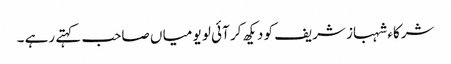
شرکاء شہباز شریف کو دیکھ کر آئی لو یو میا ں صاحب کہتے رہے ۔